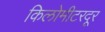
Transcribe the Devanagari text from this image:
किलोमीटरदूर